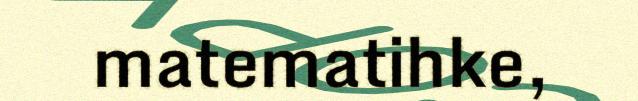
matematihke,